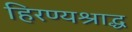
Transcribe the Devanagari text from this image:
हिरण्यश्राद्ध